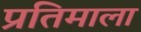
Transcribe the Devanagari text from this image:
प्रतिमाला